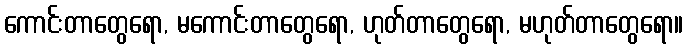
ကောင်းတာတွေရော, မကောင်းတာတွေရော, ဟုတ်တာတွေရော, မဟုတ်တာတွေရော။